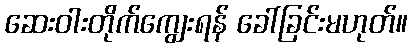
ဆေးဝါးတိုက်ကျွေးရန် ခေါ်ခြင်းမဟုတ်။